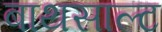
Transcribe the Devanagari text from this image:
बाथसाल्ट